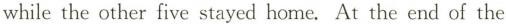
while the other five stayed home. At the end of the